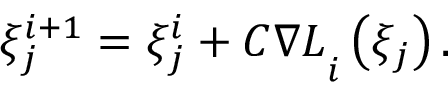
{ \xi _ { j } ^ { i + 1 } = \xi _ { j } ^ { i } + C \nabla L } _ { i } \left( \xi _ { j } \right) .